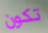
تكون